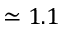
\simeq 1 . 1